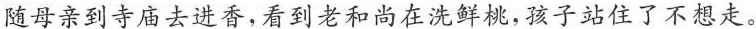
随母亲到寺庙去进香，看到老和尚在洗鲜桃，孩子站住了不想走。